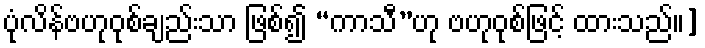
ပုံလိန်ဗဟုဝုစ်ချည်းသာ ဖြစ်၍ “ကာသီ”ဟု ဗဟုဝုစ်ဖြင့် ထားသည်။]